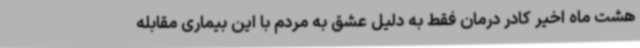
هشت ماه اخیر کادر درمان فقط به دلیل عشق به مردم با این بیماری مقابله